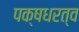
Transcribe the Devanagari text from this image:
पक्षधरत्व